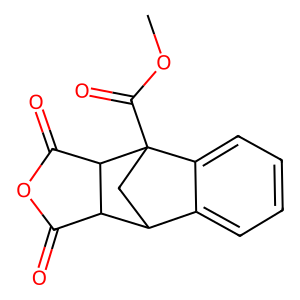
SMILES: COC(=O)C12CC(c3ccccc31)C1C(=O)OC(=O)C12
Inhibits HIV replication: No